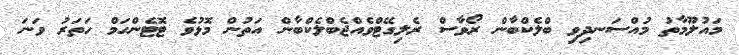
މައުލޫމާތު މުއްސަނދިވި ބްލެކްބާން ރޯވާސް ރެލިގޭޓްވެއްޖެބްލެކްބާން އަތުން މޮޅުވެ ޓޮޓެންހަމް ހަތަރު ވަނަ